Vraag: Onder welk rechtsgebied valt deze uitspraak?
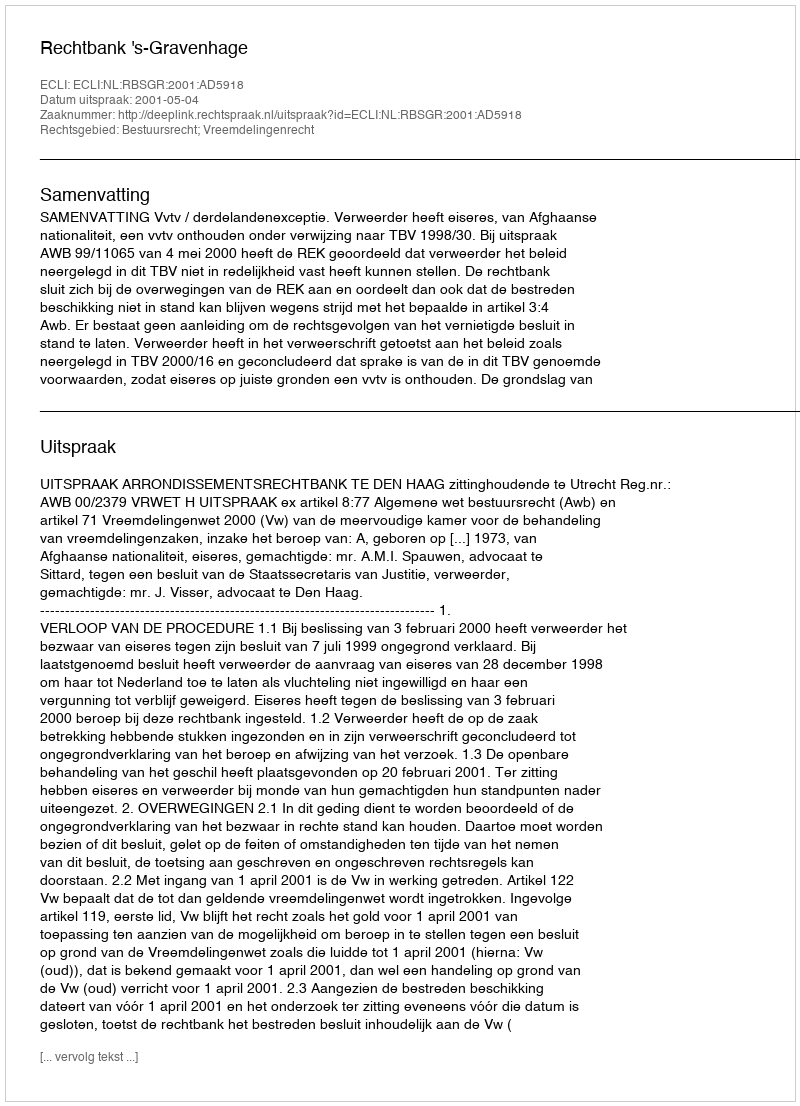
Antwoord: Bestuursrecht; Vreemdelingenrecht